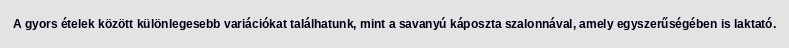
A gyors ételek között különlegesebb variációkat találhatunk, mint a savanyú káposzta szalonnával, amely egyszerűségében is laktató.